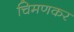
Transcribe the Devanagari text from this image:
चिमणकर